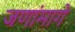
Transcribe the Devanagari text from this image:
जणांमागे